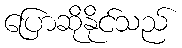
ပြောဆိုနိုင်သည်